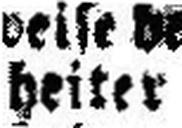
heiter